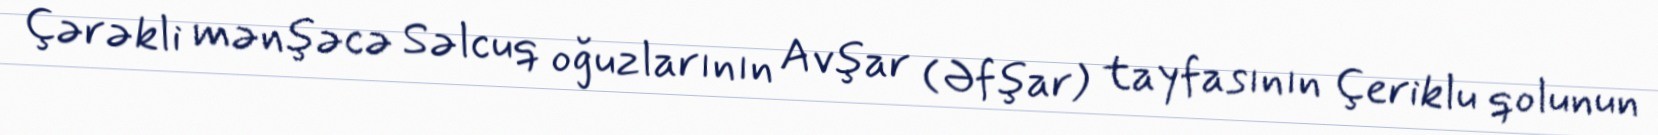
Çərəkli mənşəcə Səlcuq oğuzlarının Avşar (Əfşar) tayfasının Çeriklu qolunun